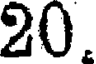
20.